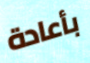
بأعادة